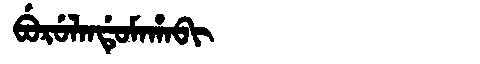
Manchu: ᠪᡠᡵᡠᠯᠠᠨᡩᡠᠮᠠᡥᠠᠪᡳ
Romanization: BURULANDUMAHABI